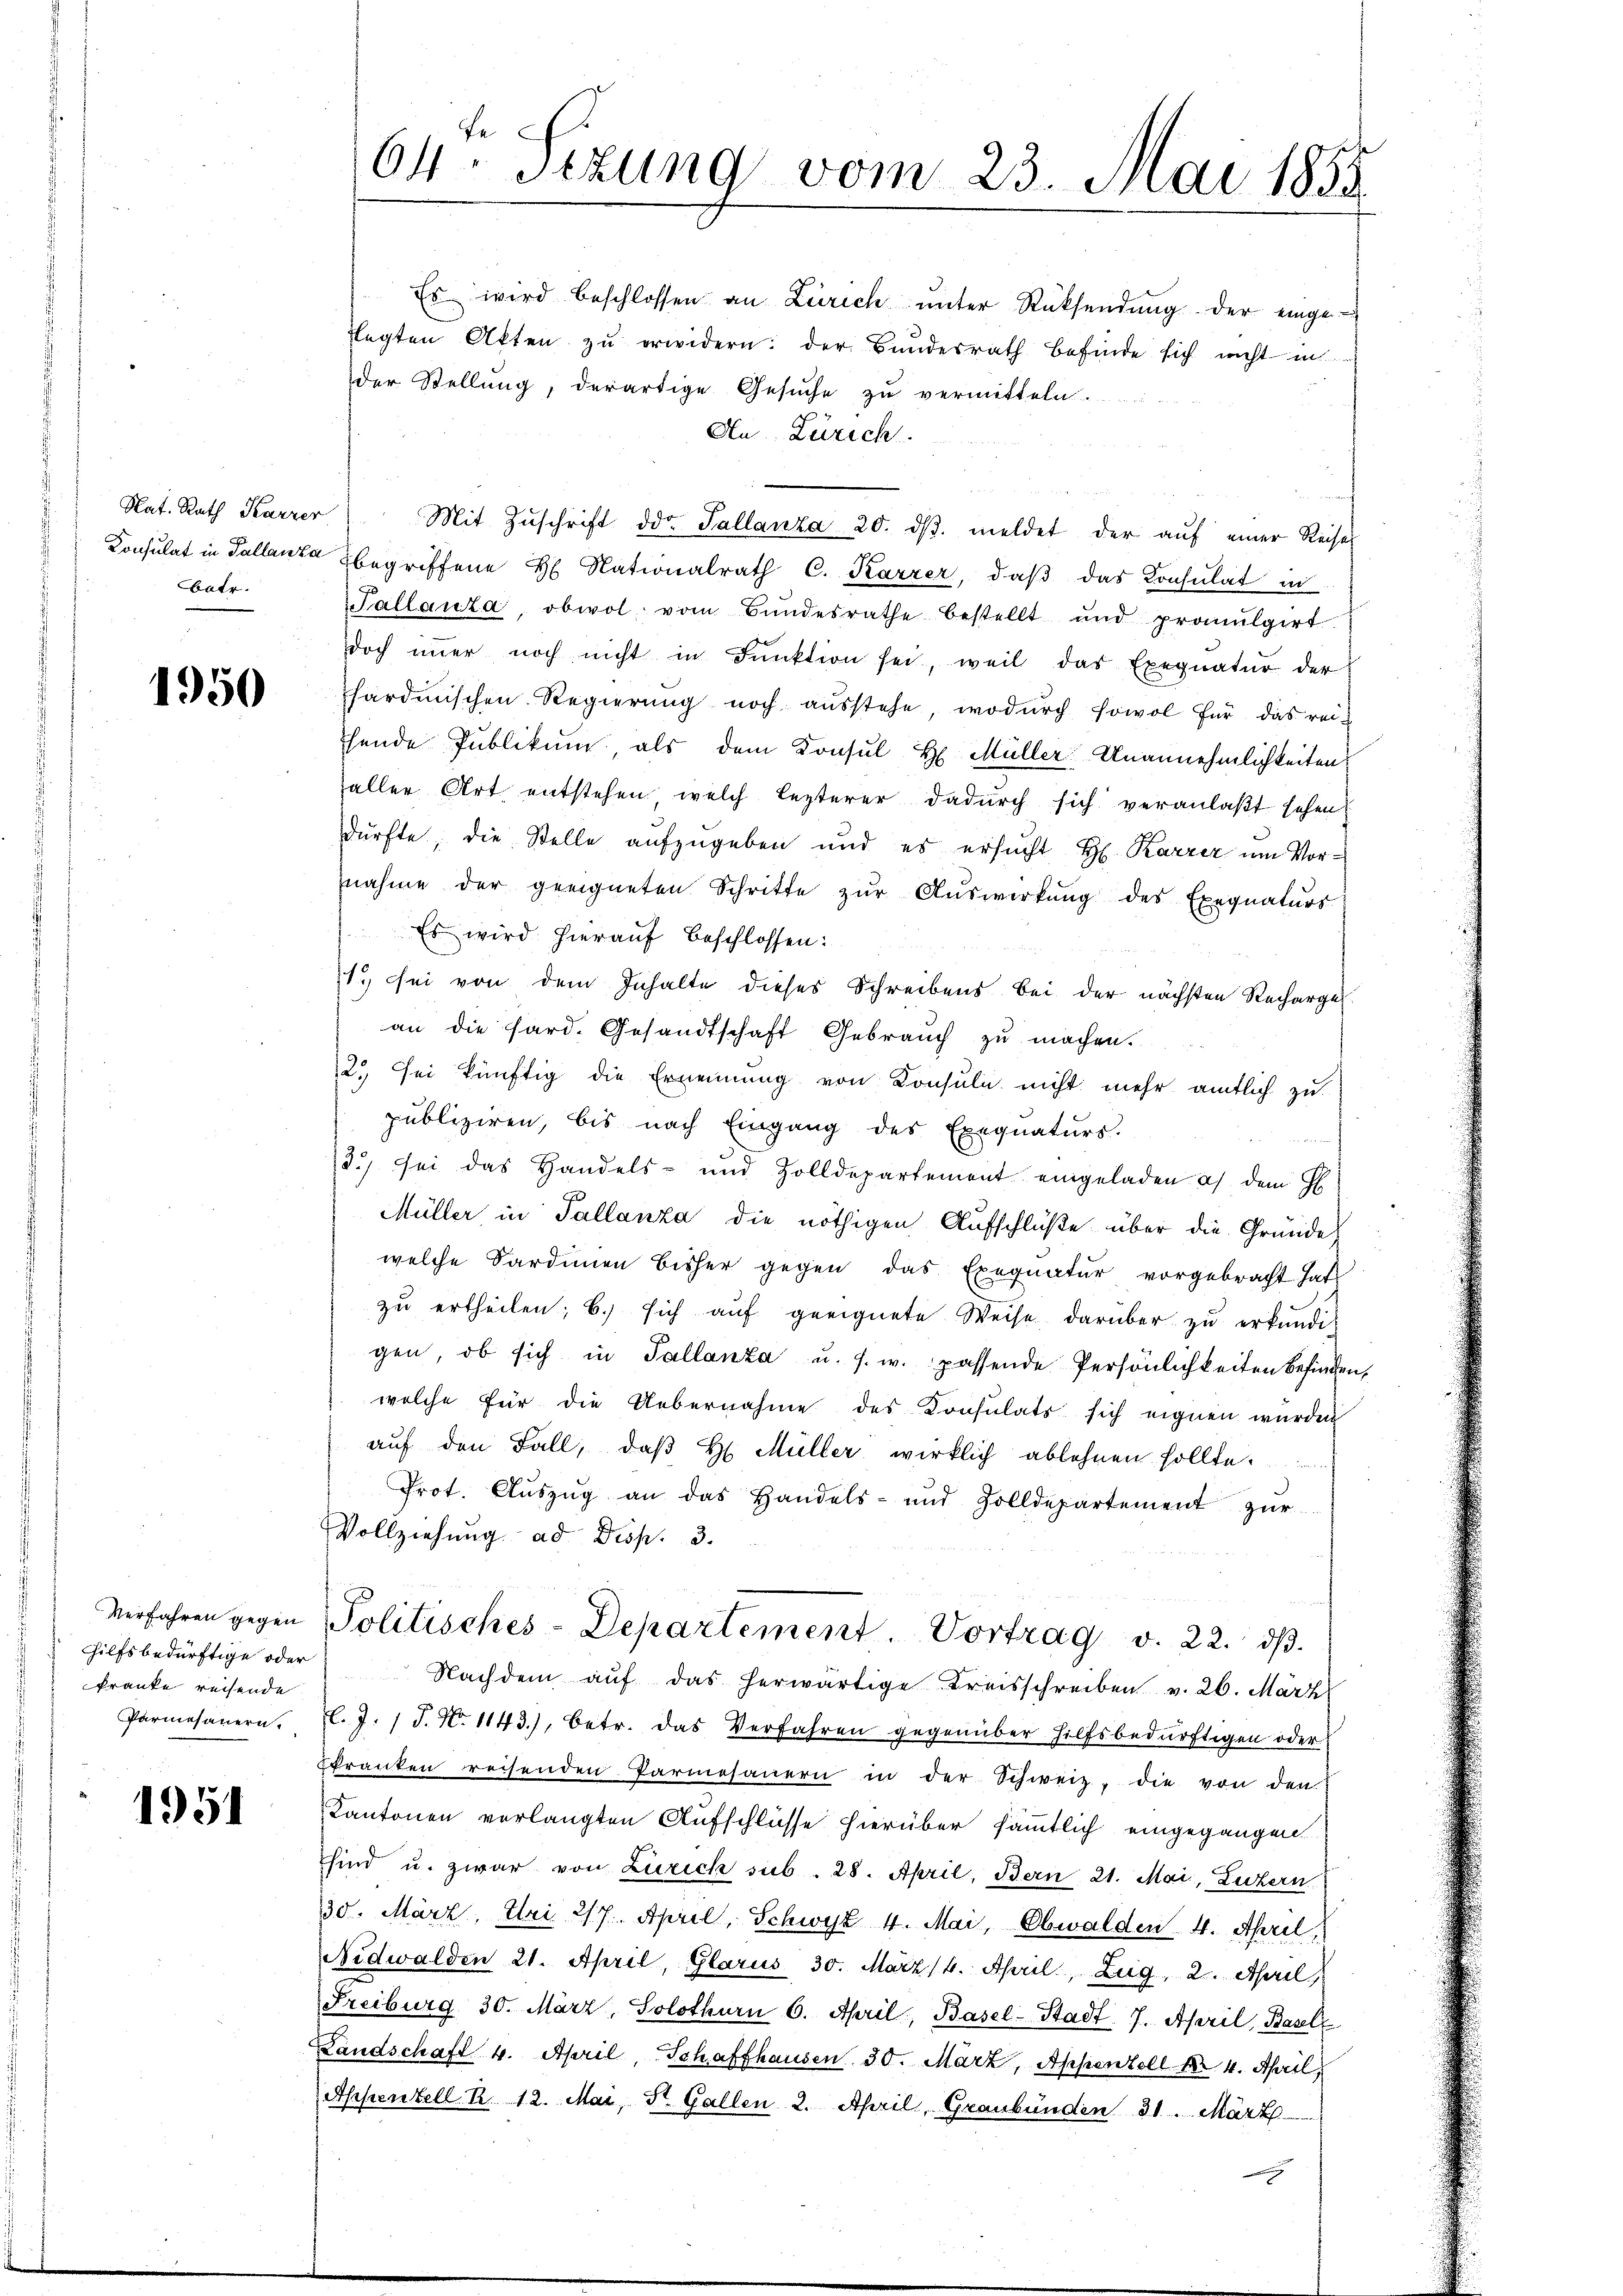
Nat. Rath Karrer
batr.

1950

Es wird beschlossen an Zürich ŭnter Rücksendŭng der einge-
klagten Akten zŭ erwidern: der Bundesrath befinde sich nicht in
der Stellung, derartige Gesuche zu vermitteln.
An Zürich.
Mit Zŭschrift der Tallanza 20. dβ. meldet der auf einer Reise
Konsulat in Tallanz begriffene H. Nationalrath C. Karrer, daß das Konsulat in
Sallanta, obwol vom Bŭndesrathe bestellt und promulgirt
doch immer noch nicht in Funktion sei, weil das Exequatur der
hardischen Regierŭng noch aŭsstehe, wodŭrch sowol für das reihende Publikum als dem Konsul H. Müller Unannehmlichkeiten
aller Art entstehen, welch lezterer dadurch sich veranlaßt sehen
dürfte, die Stelle aufzugeben und es ersŭcht H. Karzer um Vor-
nahme der geeigneten Schritte zŭr Aŭswirkŭng des Exequaturs
Es wird hierauf beschlossen:
11. sei von dem Inhalte dieses Schreibens bei der nächsten Rechargel
an die hard. Gesandtschaft Gebrauch zu machen.
2., sei künftig die Ernennung von Consuln nicht mehr amtlich zu
publiziren, bis nach Eingang des Exequaturs.
2.) sei das Handels- und Zolldepartement eingeladen a) dem G
Müller in Pallanza die nöthigen Aufschlüße über die Gründe
welche Sardinen bisher gegen das Exequatur vorgebracht hat
zŭ ertheilen; b.) sich aŭf geeignete Weise darüber zu erkundig
gen, ob sich in Tallanza u. s. w. passende Persönlichkeiten befinden,
welche für die Uebernahme des Konsulats sich eignen wurden
aŭf den Fall, daβ H. Müller wirklich ablehnen sollte.
Prot. Aŭszŭg an das Handels- und Zolldepartement zŭr
Vollziehung ad Disp. 3.
Verfahren gegen Politisches-Departement. Vortrag v. 22. dβ.
hilfsbedürftige oder Nachdem aŭf das herwärtige Kreisschreiben v. 26. März
l. J. J. N. 1143), betr. das Verfahren gegenüber hilfsbedürftigen oder
kranken reisenden Parmesauern in der Schweiz, die von den
Kantonen verlangten Aufschlüsse hierüber sämmtlich eingegangen.
sind u. zwar von Zürich sub. 28. April, Bern 21. Mai, Luzern
30. März, Uri 217. April, Schwyz 4. Mai, Obwalden 4. April,
Nidwalden 21. April, Glarus 30. März (4. April, Zug, 2. April,
Freiburg 30. März, Solothurn 6. April, Basel-Stadt. 7. April, Basell
Landschaft 4. April, Schaffhausen 30. März, Appenzell M. 4. April,
Appenzell P. 12. Mai, St. Gallen 2. April, Graubünden 31. März
mmung

kranke reisende
Parmesauern.

1951

64. Sizung vom 23. Mai 1855